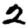
Digit: 2